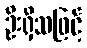
ဦးရှိသဖြင့်